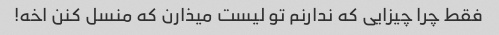
فقط چرا چیزایی که ندارنم تو لیست میذارن که منسل کنن اخه!